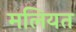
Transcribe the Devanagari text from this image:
मलियत